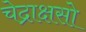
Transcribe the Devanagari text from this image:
चेद्राक्षसो